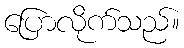
ပြောလိုက်သည်။